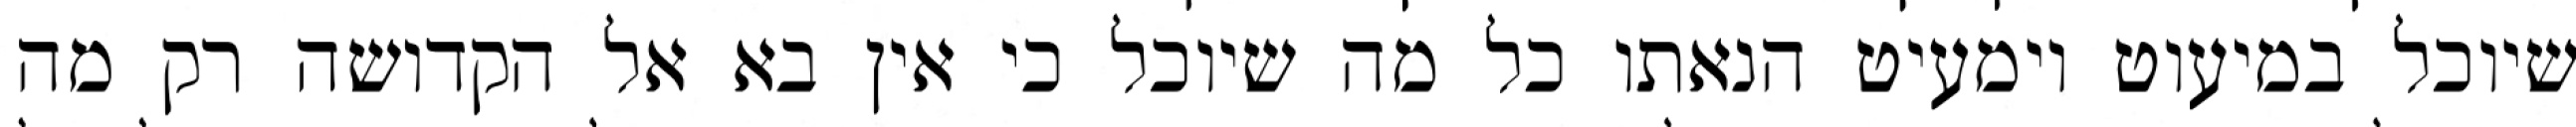
שיוכל במיעוט וימעיט הנאתו כל מה שיוכל כי אין בא אל הקדושה רק מה